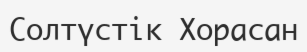
Солтүстік Хорасан